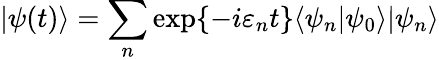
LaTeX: \vert\psi(t)\rangle=\sum_{n}\exp\{ -i\varepsilon_{n}t\} \langle\psi_{n}\vert\psi_{0}\rangle\vert\psi_{n}\rangle